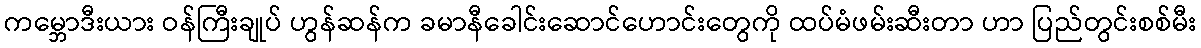
ကမ္ဘောဒီးယား ဝန်ကြီးချုပ် ဟွန်ဆန်က ခမာနီခေါင်းဆောင်ဟောင်းတွေကို ထပ်မံဖမ်းဆီးတာ ဟာ ပြည်တွင်းစစ်မီး